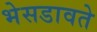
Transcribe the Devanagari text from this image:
भेसडावते